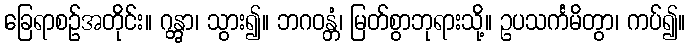
ခြေရာစဉ်အတိုင်း။ ဂန္တွာ၊ သွား၍။ ဘဂဝန္တံ၊ မြတ်စွာဘုရားသို့။ ဥပသင်္ကမိတွာ၊ ကပ်၍။